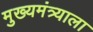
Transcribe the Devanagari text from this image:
मुख्यमंत्र्याला